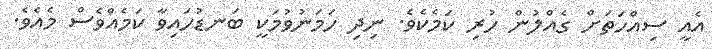
އެއީ ސިއްހަތަށް ގެއްލުން ހުރި ކަމެކެވެ. ނިދި ހަމަނުވުމަކީ ބަނޑުހައިވާ ކަމެއްވެސް މެއެވެ.